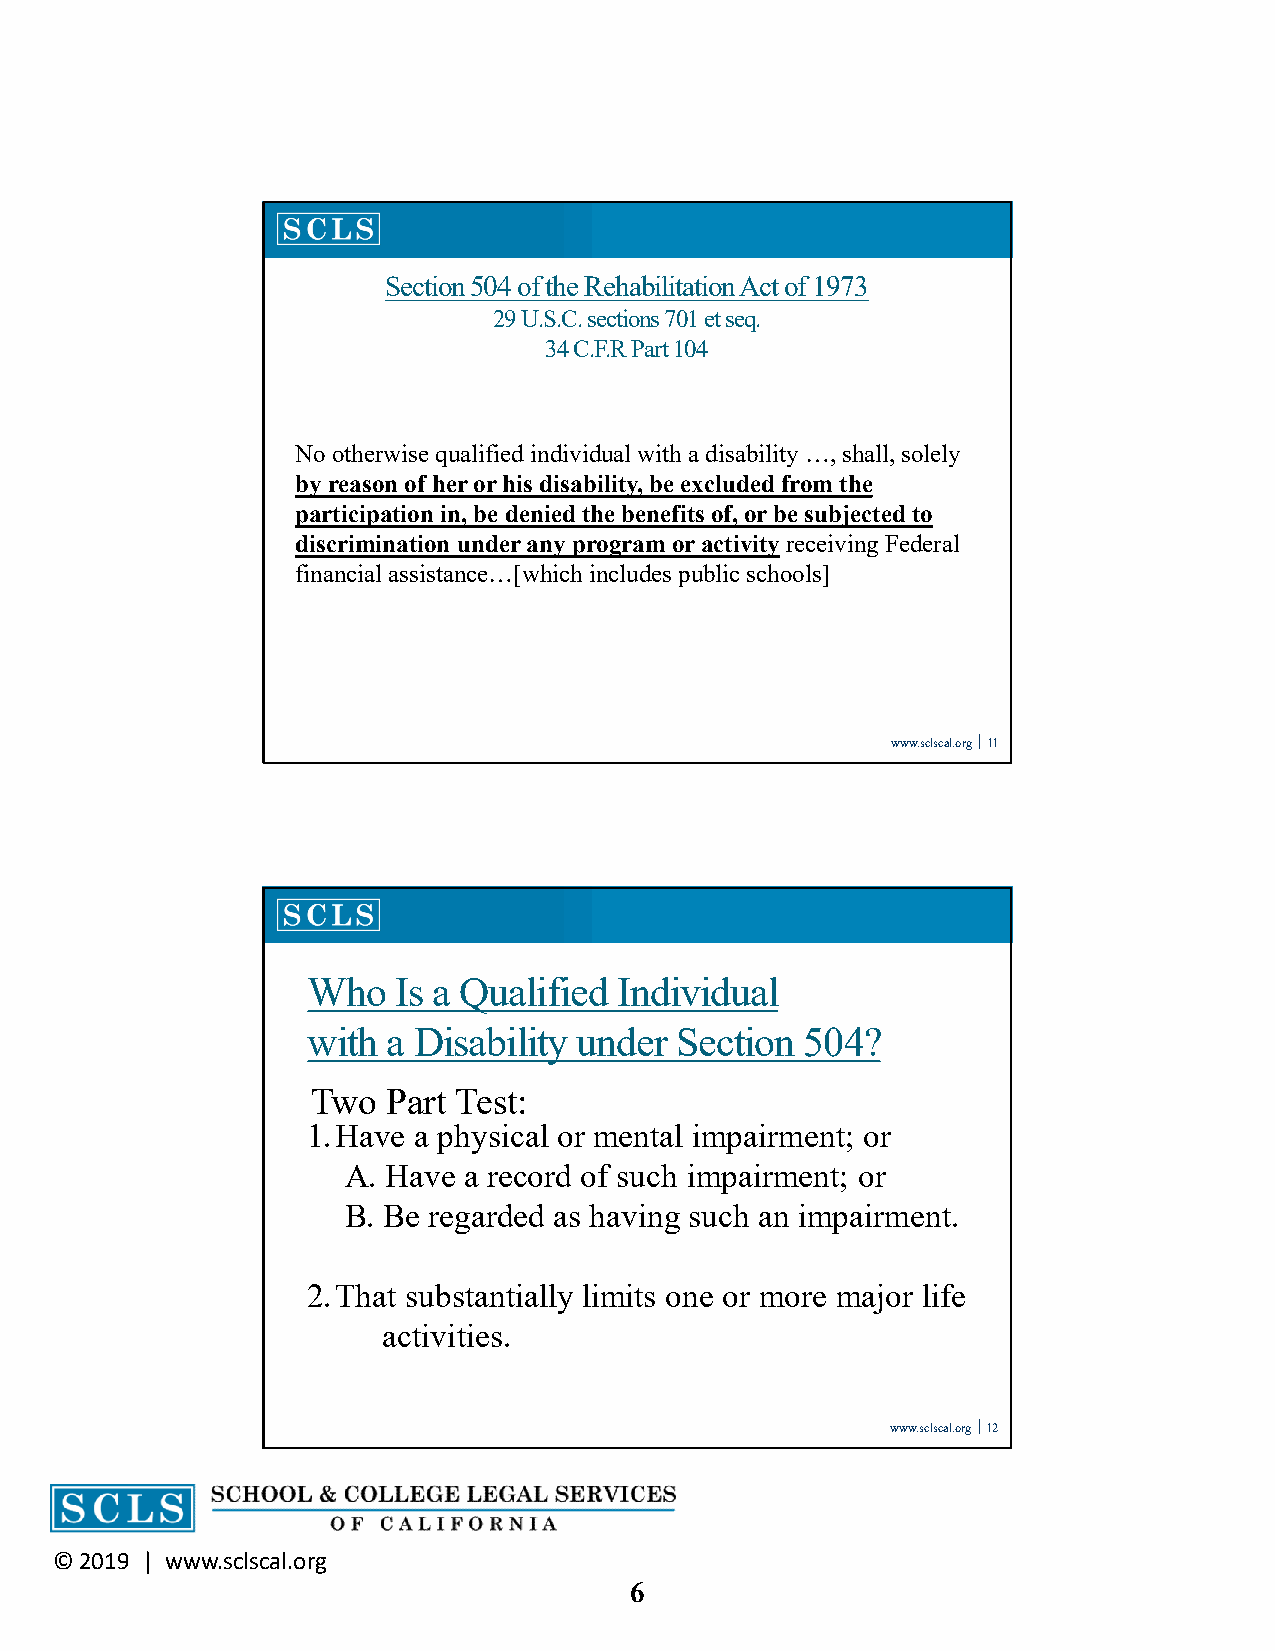
Section 504 of the Rehabilitation Act of 1973
 29 U.S.C. sections701 et seq.
 34 C.F.R Part 104
 No otherwise qualified individual with a disability …, shall, solely
 by reason of her or his disability, be excluded from the
 participation in, be denied the benefits of, or be subjected to
 discrimination under any program or activity receiving Federal
 financial assistance…[which includes public schools]
 www.sclscal.org 11
 Who   Is a Qualified Individual
 with  a Disability under Section 504?
 Two  Part Test:
 1.Have a physical or mental impairment; or
 A. Have a record of such impairment; or
 B. Be regarded as having such an impairment.
 2.That substantially limits one or more major life
 activities.
 www.sclscal.org 12
 © 2019 | www.sclscal.org
 6